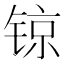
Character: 𨱉